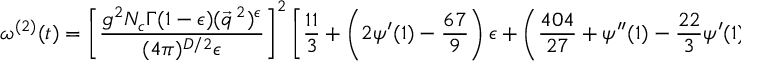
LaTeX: \omega ^ { ( 2 ) } ( t ) = \left[ \frac { g ^ { 2 } N _ { c } \Gamma ( 1 - \epsilon ) ( \vec { q } ^ { \: 2 } ) ^ { \epsilon } } { ( 4 \pi ) ^ { D / 2 } \epsilon } \right] ^ { 2 } \left[ \frac { 1 1 } { 3 } + \left( 2 \psi ^ { \prime } ( 1 ) - \frac { 6 7 } { 9 } \right) \epsilon + \left( \frac { 4 0 4 } { 2 7 } + \psi ^ { \prime \prime } ( 1 ) - \frac { 2 2 } { 3 } \psi ^ { \prime } ( 1 ) \right) \epsilon ^ { 2 } \right] \; ,